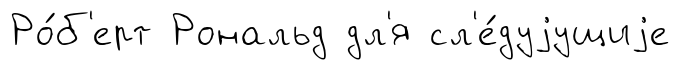
Ро́б'ерт Рональд дл'я сл'е́дуjущиjе